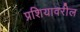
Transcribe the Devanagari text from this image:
प्रशियावरील